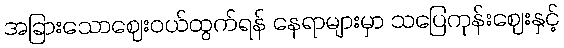
အခြားသောဈေးဝယ်ထွက်ရန် နေရာများမှာ သပြေကုန်းဈေးနှင့်